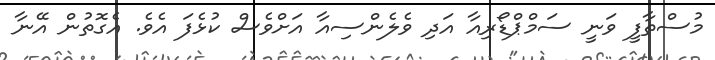
މުސްތާފީ ވަނީ ސަމްޕްޑޯރިއާ އަދި ވެލެންސިއާ އަށްވެސް ކުޅެފަ އެވެ. އެގޮތުން އޭނާ